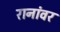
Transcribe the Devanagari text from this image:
रानांवर